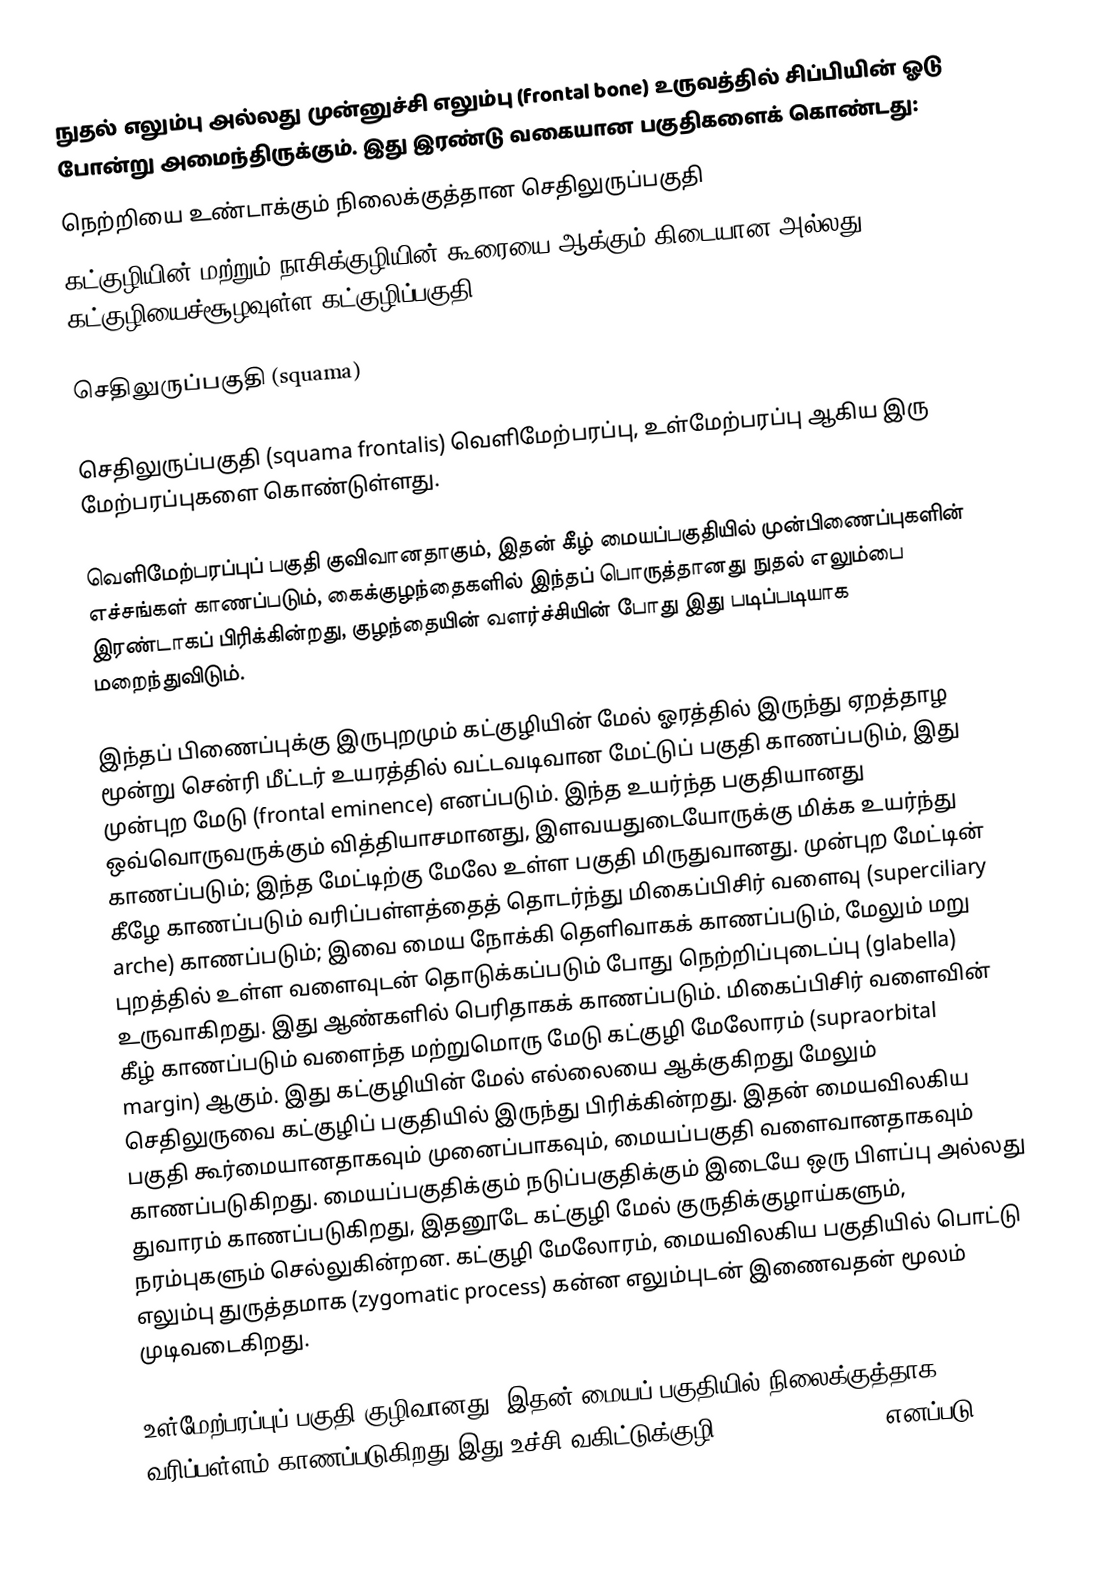
நுதல் எலும்பு அல்லது முன்னுச்சி எலும்பு (frontal bone) உருவத்தில் சிப்பியின் ஓடு போன்று அமைந்திருக்கும். இது இரண்டு வகையான பகுதிகளைக் கொண்டது:
 நெற்றியை உண்டாக்கும் நிலைக்குத்தான செதிலுருப்பகுதி
 கட்குழியின் மற்றும் நாசிக்குழியின் கூரையை ஆக்கும் கிடையான அல்லது கட்குழியைச்சூழவுள்ள கட்குழிப்பகுதி.

செதிலுருப்பகுதி (squama)

செதிலுருப்பகுதி (squama frontalis) வெளிமேற்பரப்பு, உள்மேற்பரப்பு ஆகிய இரு மேற்பரப்புகளை கொண்டுள்ளது.

வெளிமேற்பரப்புப் பகுதி குவிவானதாகும், இதன் கீழ் மையப்பகுதியில் முன்பிணைப்புகளின் எச்சங்கள் காணப்படும், கைக்குழந்தைகளில் இந்தப் பொருத்தானது  நுதல் எலும்பை இரண்டாகப் பிரிக்கின்றது, குழந்தையின் வளர்ச்சியின் போது இது படிப்படியாக மறைந்துவிடும்.

இந்தப் பிணைப்புக்கு இருபுறமும் கட்குழியின் மேல் ஓரத்தில் இருந்து ஏறத்தாழ மூன்று சென்ரி மீட்டர் உயரத்தில் வட்டவடிவான மேட்டுப் பகுதி காணப்படும், இது முன்புற மேடு (frontal eminence) எனப்படும். இந்த உயர்ந்த பகுதியானது ஒவ்வொருவருக்கும் வித்தியாசமானது, இளவயதுடையோருக்கு மிக்க உயர்ந்து காணப்படும்; இந்த மேட்டிற்கு மேலே உள்ள பகுதி மிருதுவானது. முன்புற மேட்டின் கீழே காணப்படும் வரிப்பள்ளத்தைத் தொடர்ந்து மிகைப்பிசிர் வளைவு (superciliary arche) காணப்படும்; இவை மைய நோக்கி தெளிவாகக் காணப்படும், மேலும் மறு புறத்தில் உள்ள வளைவுடன் தொடுக்கப்படும் போது நெற்றிப்புடைப்பு (glabella) உருவாகிறது. இது ஆண்களில் பெரிதாகக் காணப்படும். மிகைப்பிசிர் வளைவின் கீழ் காணப்படும் வளைந்த மற்றுமொரு மேடு கட்குழி மேலோரம் (supraorbital margin) ஆகும். இது கட்குழியின் மேல் எல்லையை ஆக்குகிறது மேலும் செதிலுருவை கட்குழிப் பகுதியில் இருந்து பிரிக்கின்றது. இதன் மையவிலகிய பகுதி கூர்மையானதாகவும் முனைப்பாகவும், மையப்பகுதி வளைவானதாகவும் காணப்படுகிறது. மையப்பகுதிக்கும் நடுப்பகுதிக்கும் இடையே ஒரு பிளப்பு அல்லது துவாரம் காணப்படுகிறது, இதனூடே கட்குழி மேல் குருதிக்குழாய்களும், நரம்புகளும் செல்லுகின்றன. கட்குழி மேலோரம், மையவிலகிய பகுதியில் பொட்டு எலும்பு துருத்தமாக (zygomatic process) கன்ன எலும்புடன் இணைவதன் மூலம் முடிவடைகிறது.

உள்மேற்பரப்புப் பகுதி குழிவானது, இதன் மையப் பகுதியில் நிலைக்குத்தாக வரிப்பள்ளம் காணப்படுகிறது இது உச்சி வகிட்டுக்குழி (sagittal sulcus) எனப்படு